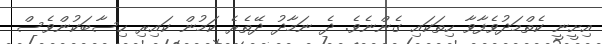
އިށީނީ ކެތްމަދުވެފާވާ ހިތަކައި ގެންނެވެ. ދެ ނަމާދު ދޭތެރެ ކަމުން ކައިރި ހިސާބަކުންވެސް